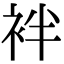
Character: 袢